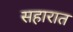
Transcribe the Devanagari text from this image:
सहारात